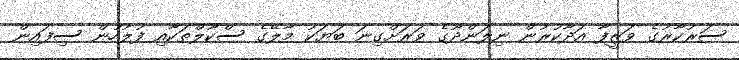
ސަރުކާރުގެ ވަޒީފާ އަދާކުރުން ނިލަންދޫގެ ވަރަށްގިނަ ބަޔަކު މާލޭގެ ސްކޫލްތަކާއި ފުލުހުން ސިފައިން